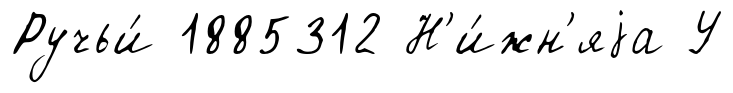
Ручьи́ 1885312 Н'и́жн'яjа У